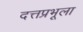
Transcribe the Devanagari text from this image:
दत्तप्रभूला